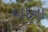
યાદના